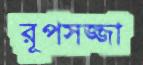
রূপসজ্জা